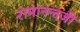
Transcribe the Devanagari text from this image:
रामानन्दजी